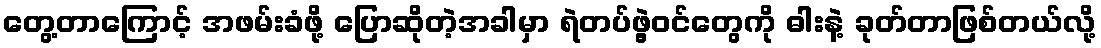
တွေ့တာကြောင့် အဖမ်းခံဖို့ ပြောဆိုတဲ့အခါမှာ ရဲတပ်ဖွဲ့ဝင်တွေကို ဓါးနဲ့ ခုတ်တာဖြစ်တယ်လို့